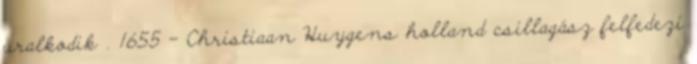
uralkodik . 1655 – Christiaan Huygens holland csillagász felfedezi